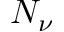
N _ { \nu }